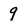
Character: 9